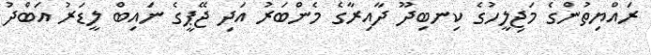
ރައްޔިތުންގެ މަޖިލީހުގެ ކިނބިދޫ ދާއިރާގެ މެންބަރު އަދި ޖޭޕީގެ ނައިބް ލީޑަރު އަބްދު